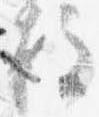
柱